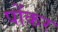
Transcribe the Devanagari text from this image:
पोंकर